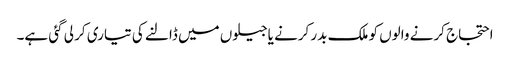
احتجاج کرنے والوں کو ملک بدر کرنے یاجیلوں میں ڈالنے کی تیاری کر لی گئی ہے۔